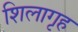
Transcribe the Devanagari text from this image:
शिलागृह